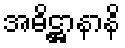
အဓိဋ္ဌာနာနိ